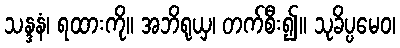
သန္ဒနံ၊ ရထားကို။ အဘိရုယှ၊ တက်စီး၍။ သုခိပ္ပမေဝ၊